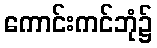
ကောင်းကင်ဘုံ၌